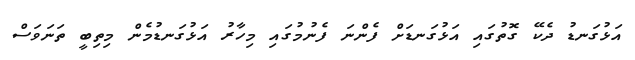
އަޅުގަނޑު ދެކޭ ގޮތުގައި އަޅުގަނޑަށް ފެންނަ ފެނުމުގައި މިހާރު އަޅުގަނޑުމެން މިތިބީ ތަނަވަސް